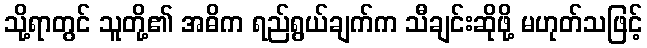
သို့ရာတွင် သူတို့၏ အဓိက ရည်ရွယ်ချက်က သီချင်းဆိုဖို့ မဟုတ်သဖြင့်